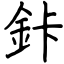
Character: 鉲